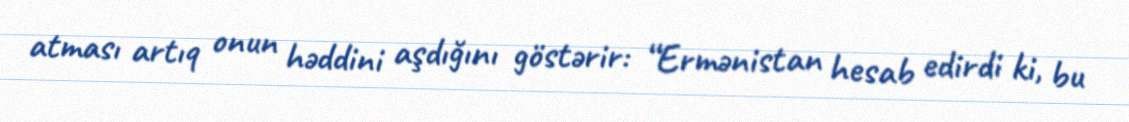
atması artıq onun həddini aşdığını göstərir: “Ermənistan hesab edirdi ki, bu